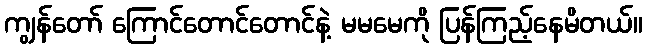
ကျွန်တော် ကြောင်တောင်တောင်နဲ့ မမမေကို ပြန်ကြည့်နေမိတယ်။